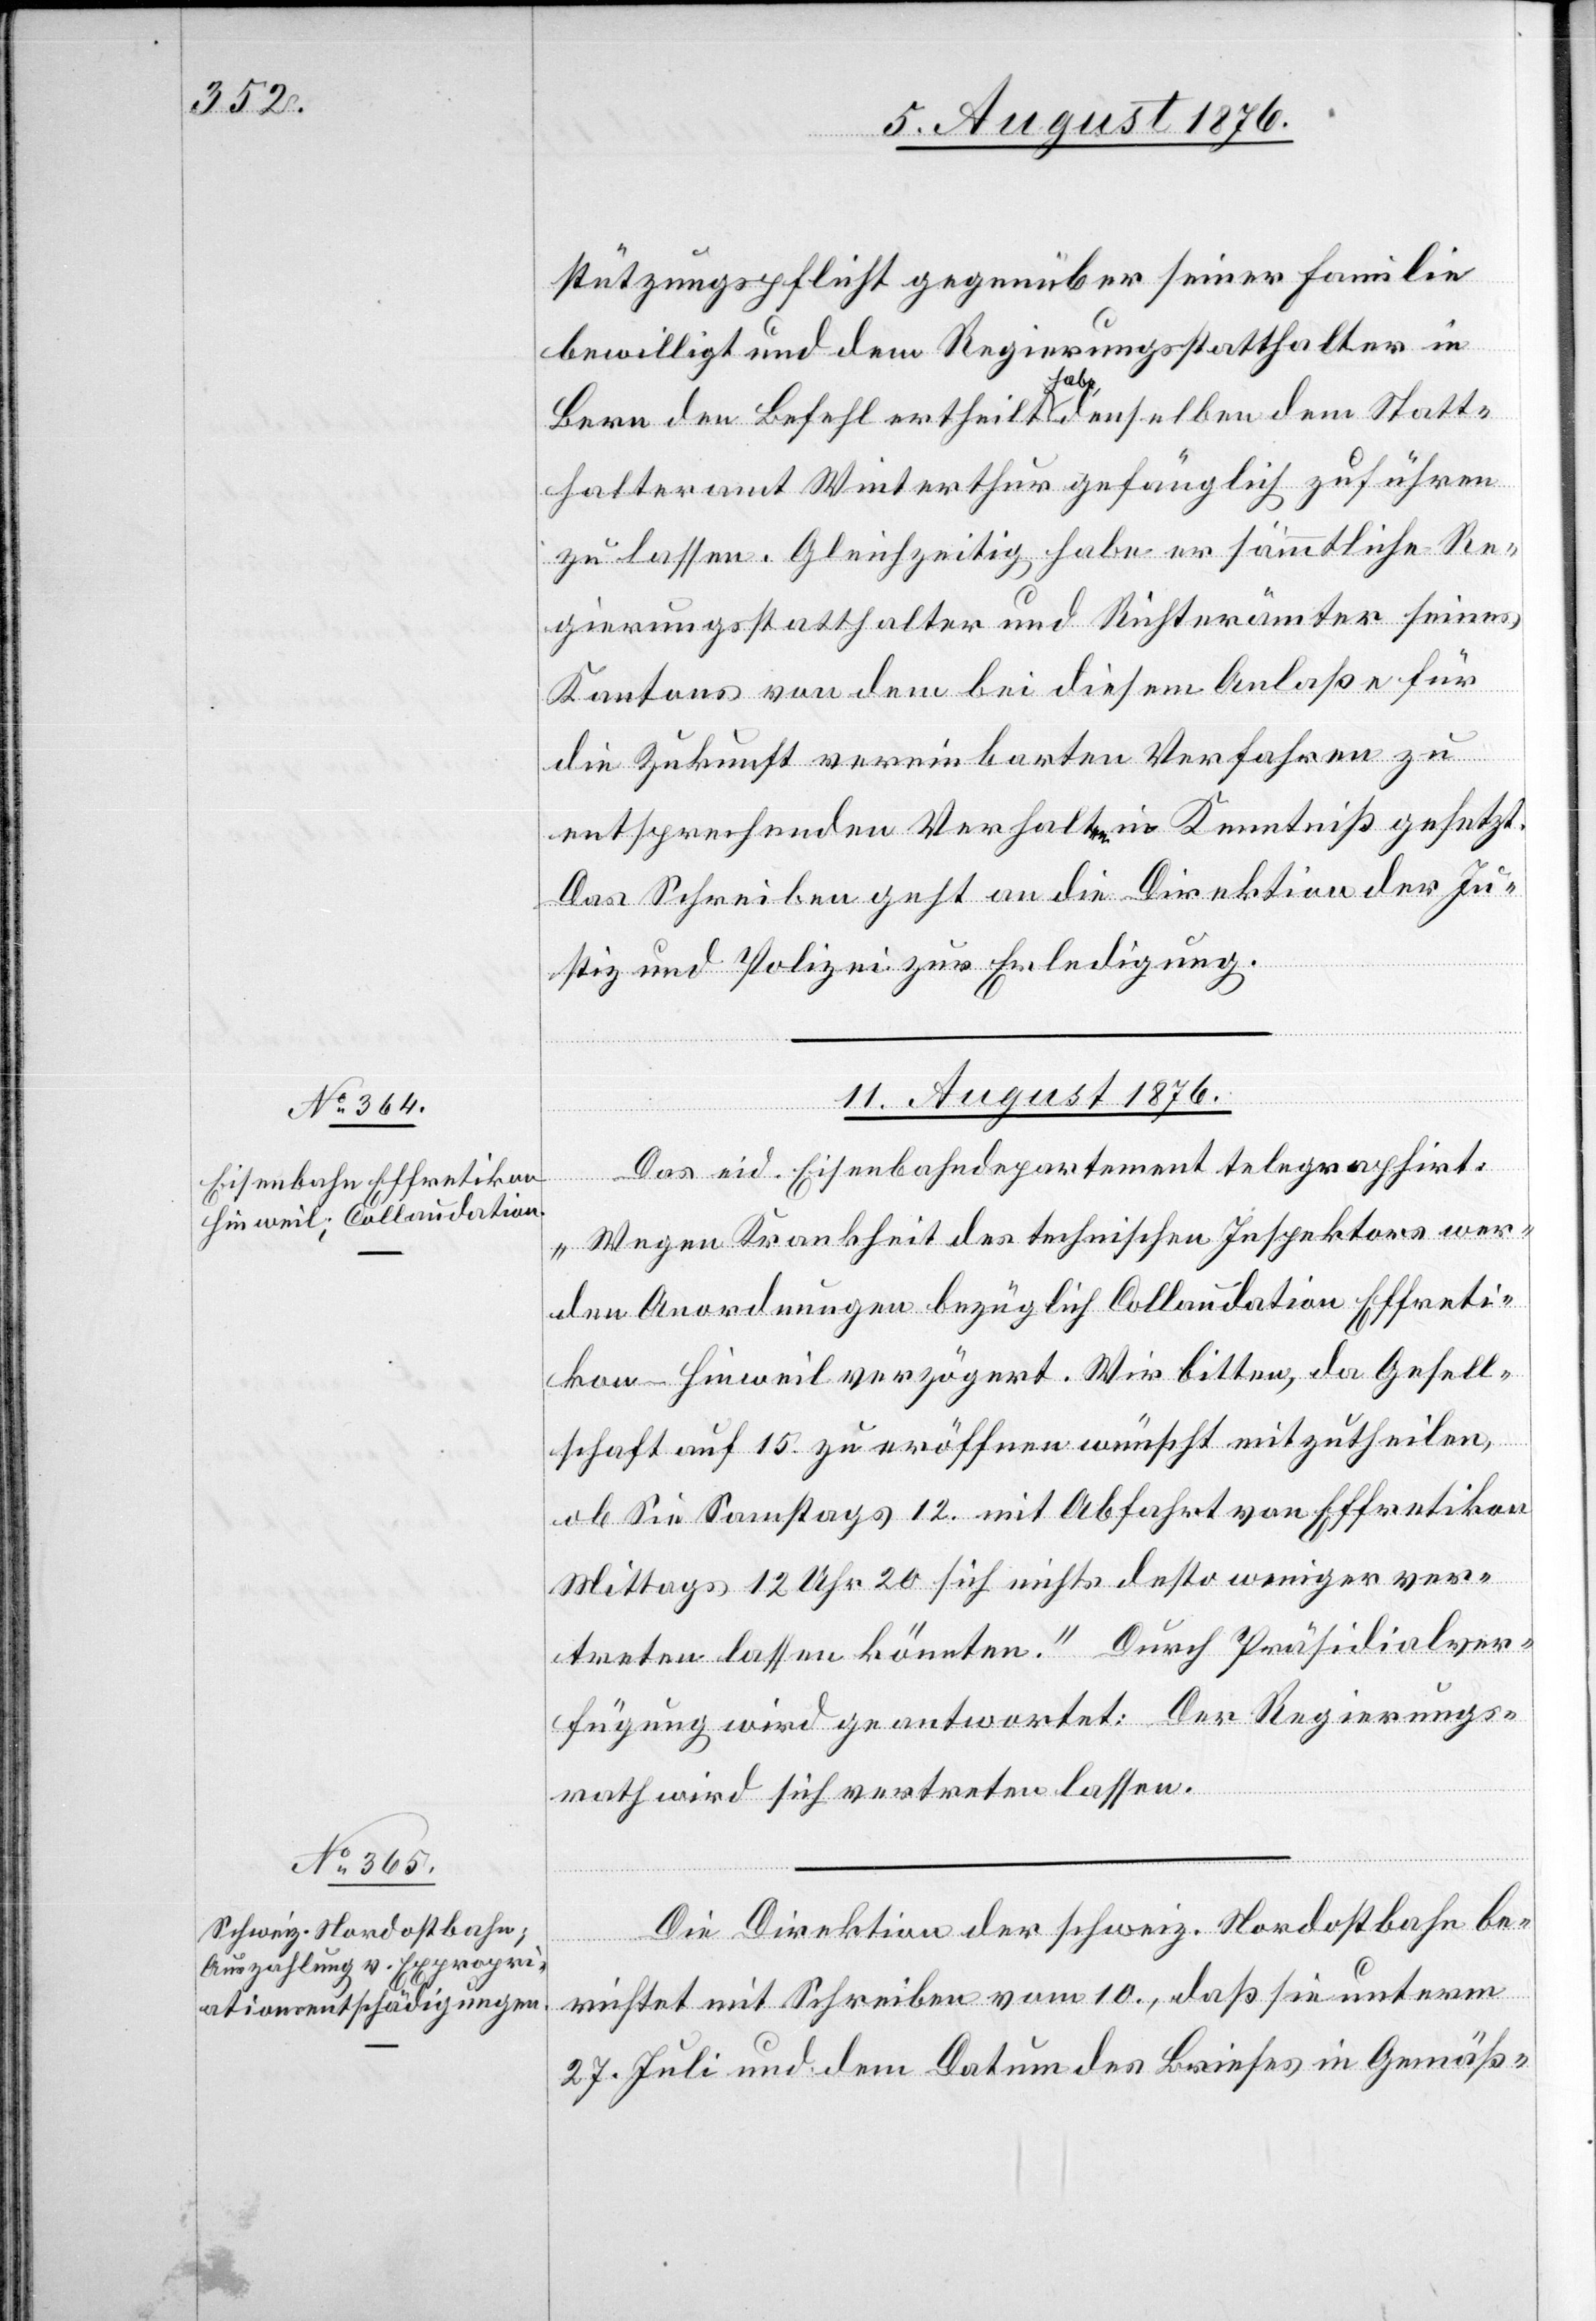
stützungspflicht gegenüber seiner Familie
bewilligt und dem Regierungsstatthalter in
Bern den Befehl ertheilt a habe a, denselben dem Statt¬
halteramt Winterthur gefänglich zuführen
zu lassen. Gelichzeitig habe er sämmtliche Re¬
gierungsstatthalter und Richterämter seines
Kantons von dem bei diesem Anlaße für
die Zukunft vereinbarten Verfahren zu
entsprechenden Verhalt in Kenntniß gesetzt.
Das Schreiben geht an die Direktion der Ju¬
stiz und Polizei zur Erledigung.
11. August 1876.]
Das eid. Eisenbahndepartement telegraphirt:
„Wegen Krankheit des technischen Inspektors wer¬
den Anordnungen bezüglich Collaudation Effreti¬
kon–Hinweil verzögert. Wir bitten, da Gesell¬
schaft auf 15. zu eröffnen wünscht mitzutheilen,
ob Sie Sonntags 12. mit Abfahrt von Effretikon
Mittags 12 Uhr 20 sich nicht desto weniger ver¬
treten lassen könnten.“ Durch Präsidialver¬
fügung wird geantwortet: Der Regierungs¬
rath wird sich vertreten lassen.
Die Direktion der schweiz. Nordostbahn be¬
richtet mit Schreiben vom 10., daß sie unterm
27. Juli und dem Datum des Briefes in Gemäß-